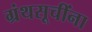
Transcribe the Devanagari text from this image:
ग्रंथसूचींना